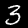
Digit: 3